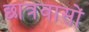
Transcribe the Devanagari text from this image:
छात्रवासों